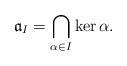
LaTeX: \begin{align*}\mathfrak{a}_{I}=\bigcap_{\alpha\in I}\ker\alpha.\end{align*}